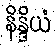
နိန္ဒိယံ